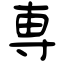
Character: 専